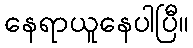
နေရာယူနေပါပြီ။